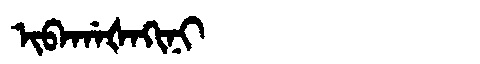
Manchu: ᡳᠪᠠᡤᠠᡧᠠᡴᡳᠨᡳ
Romanization: IBAGAŠAKINI